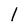
Character: l